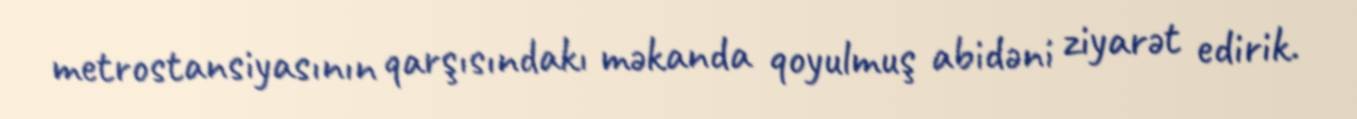
metrostansiyasının qarşısındakı məkanda qoyulmuş abidəni ziyarət edirik.